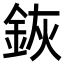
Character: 𨦗